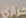
حراري